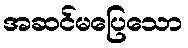
အဆင်မပြေသော